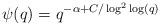
LaTeX: \begin{align*}\psi(q) = q^{-\alpha + C/\log^2\log(q)}\end{align*}